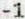
-1